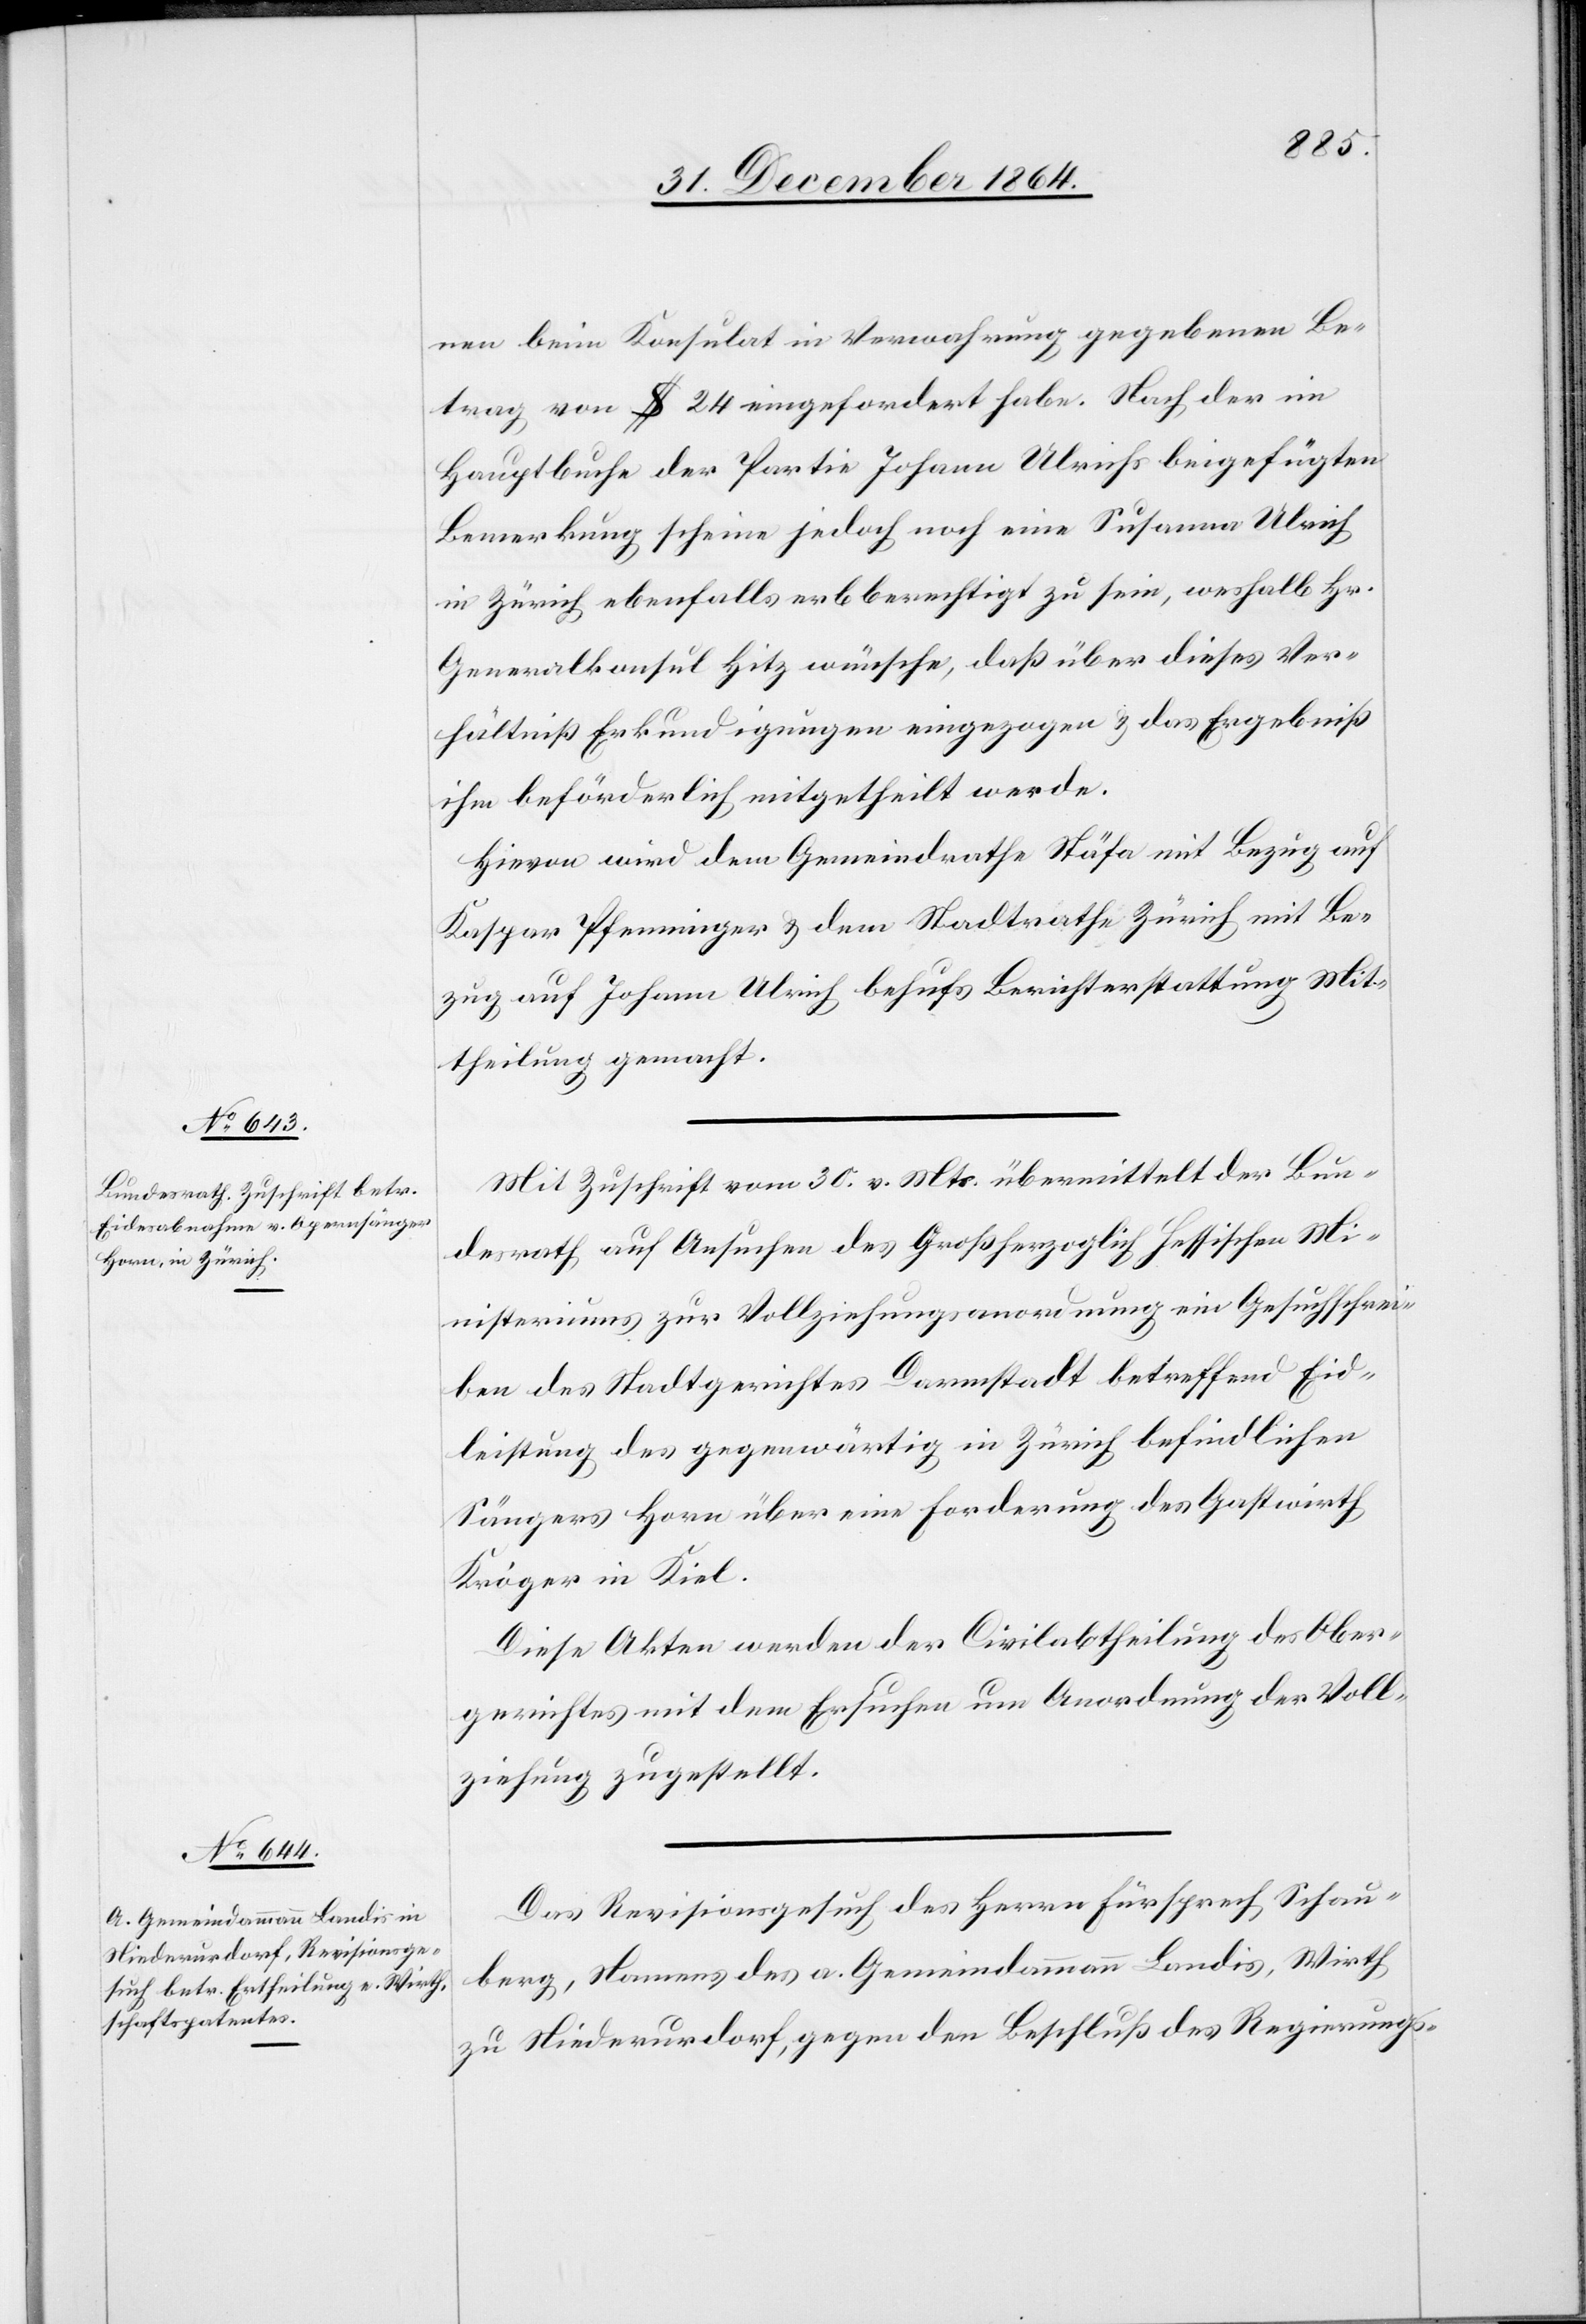
nen beim Konsulat in Verwahrung gegebenen Be¬
trag von $ 24 eingefordert habe. Nach der im
Hauptbuche der Partie Johann Ulrichs beigefügten
Bemerkung scheine jedoch noch eine Susanna Ulrich
in Zürich ebenfalls erbberechtigt zu sein, weshalb Hr.
Generalkonsul Hitz wünsche, daß über dieses Ver¬
hältniß Erkundigungen eingezogen & das Ergebniß
ihm beförderlich mitgetheilt werde.
Hievon wird dem Gemeindrathe Stäfa mit Bezug auf
Kaspar Pfenninger & dem Stadtrathe Zürich mit Be¬
zug auf Johann Ulrich behufs Berichterstattung Mit¬
theilung gemacht.
Mit Zuschrift vom 30. v. Mts. übermittelt der Bun¬
desrath auf Ansuchen des Großherzoglich Hessischen Mi¬
nisteriums zur Vollziehungsanordnung ein Gesuchschrei¬
ben des Stadtgerichtes Darmstadt betreffend Eid¬
leistung des gegenwärtig in Zürich befindlichen
Sängers Horn über eine Forderung des Gastwirth
Kröger in Kiel.
Diese Akten werden der Civilabtheilung des Ober¬
gerichtes mit dem Ersuchen um Anordnung der Voll¬
ziehung zugestellt.
Das Revisionsgesuch des Herrn Fürsprech Schau¬
berg, Namens des a. Gemeindammann Landis, Wirth
zu Niederurdorf, gegen den Beschluß des Regierungs-